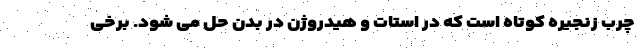
چرب زنجیره کوتاه است که در استات و هیدروژن در بدن حل می شود. برخی